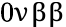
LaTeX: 0\upnu\upbeta\upbeta